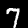
Digit: 7